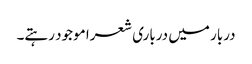
دربار میں درباری شعرا موجود رہتے۔